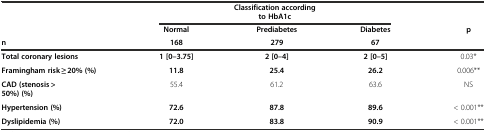
<table><thead><tr><td></td><td colspan="3"><b>Classification according to HbA1c</b></td><td></td></tr><tr><td></td><td><b>Normal</b></td><td><b>Prediabetes</b></td><td><b>Diabetes</b></td><td><b>p</b></td></tr><tr><td><b>n</b></td><td><b>168</b></td><td><b>279</b></td><td><b>67</b></td><td></td></tr></thead><tbody><tr><td><b>Total coronary lesions</b></td><td><b>1 [0–3.75]</b></td><td><b>2 [0–4]</b></td><td><b>2 [0–5]</b></td><td>0.03*</td></tr><tr><td><b>Framingham risk ≥ 20% (%)</b></td><td><b>11.8</b></td><td><b>25.4</b></td><td><b>26.2</b></td><td>0.006**</td></tr><tr><td><b>CAD (stenosis &gt; 50%) (%)</b></td><td>55.4</td><td>61.2</td><td>63.6</td><td>NS</td></tr><tr><td><b>Hypertension (%)</b></td><td><b>72.6</b></td><td><b>87.8</b></td><td><b>89.6</b></td><td>&lt; 0.001**</td></tr><tr><td><b>Dyslipidemia (%)</b></td><td><b>72.0</b></td><td><b>83.8</b></td><td><b>90.9</b></td><td>&lt; 0.001**</td></tr></tbody></table>